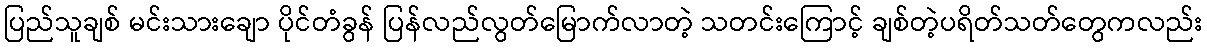
ပြည်သူချစ် မင်းသားချော ပိုင်တံခွန် ပြန်လည်လွတ်မြောက်လာတဲ့ သတင်းကြောင့် ချစ်တဲ့ပရိတ်သတ်တွေကလည်း